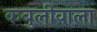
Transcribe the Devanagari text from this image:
कबुलीवाला